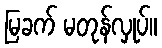
မြခက် မတုန်လှုပ်။